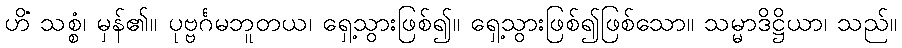
ဟိံ သစ္စံ၊ မှန်၏။ ပုဗ္ဗင်္ဂမဘူတယ၊ ရှေ့သွားဖြစ်၍။ ရှေ့သွားဖြစ်၍ဖြစ်သော။ သမ္မာဒိဋ္ဌိယာ၊ သည်။